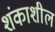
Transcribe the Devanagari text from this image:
शंकाशील